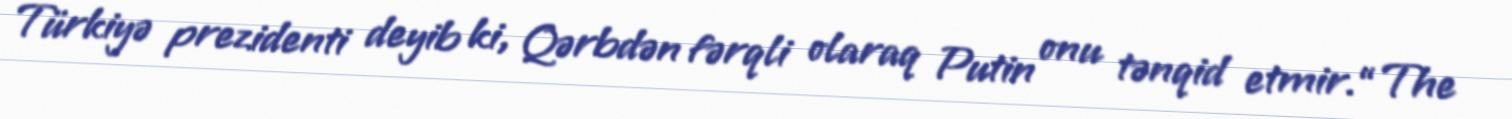
Türkiyə prezidenti deyib ki, Qərbdən fərqli olaraq Putin onu tənqid etmir.“The